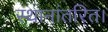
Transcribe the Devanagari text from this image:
स्थानांतरित।